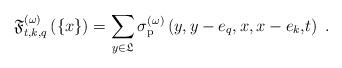
LaTeX: \begin{align*}\mathfrak{F}_{t,k,q}^{(\omega )}\left( \left\{ x\right\} \right)=\sum\limits_{y\in \mathfrak{L}}\sigma _{\mathrm{p}}^{(\omega )}\left(y,y-e_{q},x,x-e_{k}\mathbf{,}t\right) \ . \end{align*}